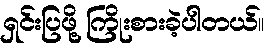
ရှင်းပြဖို့ ကြိုးစားခဲ့ပါတယ်။